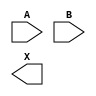
module sky130_fd_sc_hd__or2 (
    //# {{data|Data Signals}}
    input  A,
    input  B,
    output X
);

    // Voltage supply signals
    supply1 VPWR;
    supply0 VGND;
    supply1 VPB ;
    supply0 VNB ;

endmodule